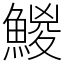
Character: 鯼